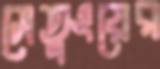
সেতুংয়ের